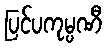
ပြင်ပကုမ္ပဏီ